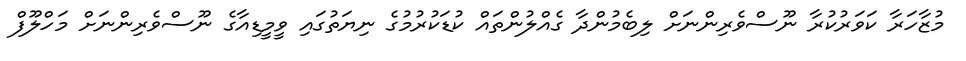
މުޒާހަރާ ކަވަރުކުރާ ނޫސްވެރިންނަށް ލިބެމުންދާ ގެއްލުންތައް ކުޑަކުރުމުގެ ނިޔަތުގައި ވީމީޑިއާގެ ނޫސްވެރިންނަށް މަހްލޫފް